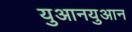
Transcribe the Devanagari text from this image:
युआनयुआन